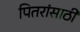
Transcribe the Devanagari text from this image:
पितरांसाठी